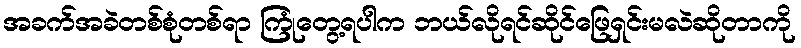
အခက်အခဲတစ်စုံတစ်ရာ ကြုံတွေ့ရပါက ဘယ်လိုရင်ဆိုင်ဖြေရှင်းမလဲဆိုတာကို